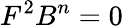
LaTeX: F^{2}B^{n}=0